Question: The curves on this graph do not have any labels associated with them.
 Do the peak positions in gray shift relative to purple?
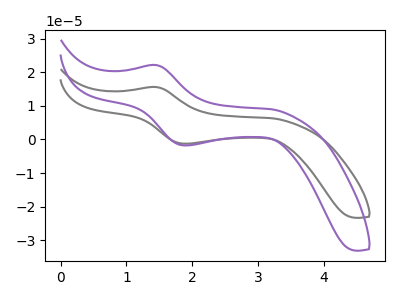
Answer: <think>The gray curve "gray" has an anodic peak at (1.45V, 15.60uA) and a cathodic peak at (1.90V, -1.25uA). The purple curve "purple" has an anodic peak at (1.45V, 22.15uA) and a cathodic peak at (1.90V, -1.75uA).
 All the peaks in "gray" have a peak in "purple" at the same potential. Every peak in "gray" is lower than every peak in "purple".</think>
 <answer>No, "gray" and "purple" don't appear to be significantly different in shape</answer>
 <eval>no_change</eval>